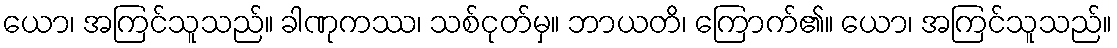
ယော၊ အကြင်သူသည်။ ခါဏုကဿ၊ သစ်ငုတ်မှ။ ဘာယတိ၊ ကြောက်၏။ ယော၊ အကြင်သူသည်။